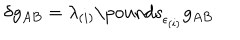
LaTeX: \delta g _ { A B } = \lambda _ { ( i ) } \mathrm { \ p o u n d s } _ { \epsilon _ { ( i ) } } g _ { A B }